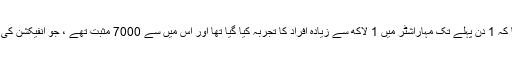
کیلاش وجئے ورگیہ نے بتایا کہ 1 دن پہلے تک مہاراشٹر میں 1 لاکھ سے زیادہ افراد کا تجربہ کیا گیا تھا اور اس میں سے 7000 مثبت تھے ، جو انفیکشن کی شرح 7فیصدظاہر کرتی ہے۔